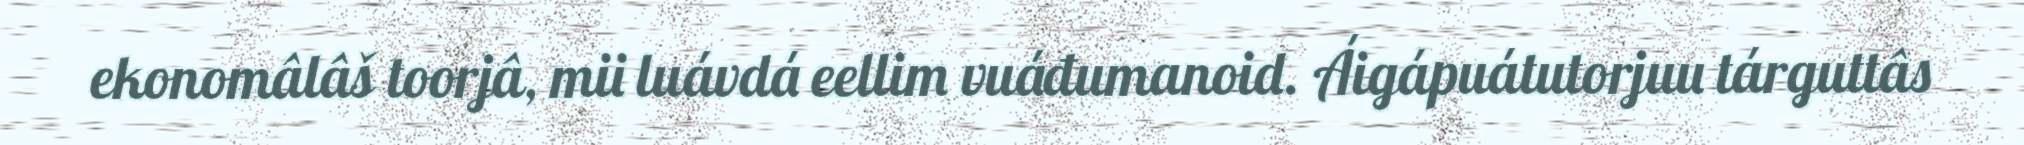
ekonomâlâš toorjâ, mii luávdá eellim vuáđumanoid. Áigápuátutorjuu tárguttâs